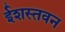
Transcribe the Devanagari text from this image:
ईशस्तवन